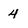
Character: 4